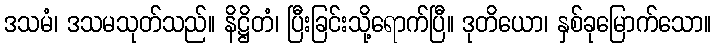
ဒသမံ၊ ဒသမသုတ်သည်။ နိဋ္ဌိတံ၊ ပြီးခြင်းသို့ရောက်ပြီ။ ဒုတိယော၊ နှစ်ခုမြောက်သော။